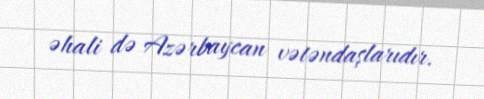
əhali də Azərbaycan vətəndaşlarıdır.